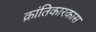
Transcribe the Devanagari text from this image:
क्रांतिकारकास